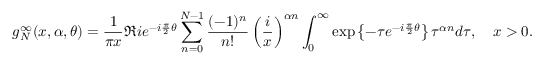
g _ { N } ^ { \infty } ( x , \alpha , \theta ) = \frac { 1 } { \pi x } \Re i e ^ { - i \frac { \pi } { 2 } \theta } \sum _ { n = 0 } ^ { N - 1 } \frac { ( - 1 ) ^ { n } } { n ! } \left( \frac { i } { x } \right) ^ { \alpha n } \int _ { 0 } ^ { \infty } \exp \left\{ - \tau e ^ { - i \frac { \pi } { 2 } \theta } \right\} \tau ^ { \alpha n } d \tau , \quad x > 0 .